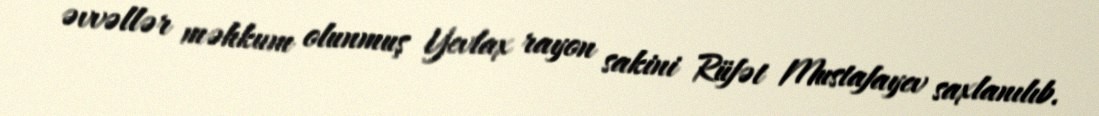
əvvəllər məhkum olunmuş Yevlax rayon sakini Rüfət Mustafayev saxlanılıb.